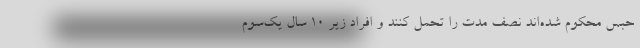
حبس محکوم شده‌اند نصف مدت را تحمل کنند و افراد زیر ۱۰ سال یک‌سوم